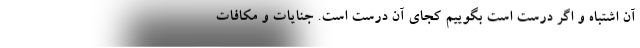
آن اشتباه و اگر درست است بگوییم کجای آن درست است. جنایات و مکافات